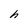
Character: h